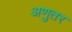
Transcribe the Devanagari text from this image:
अणुतर